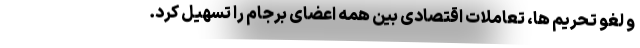
و لغو تحریم ها، تعاملات اقتصادی بین همه اعضای برجام را تسهیل کرد.